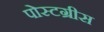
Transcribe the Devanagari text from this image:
पोस्टग्रीस